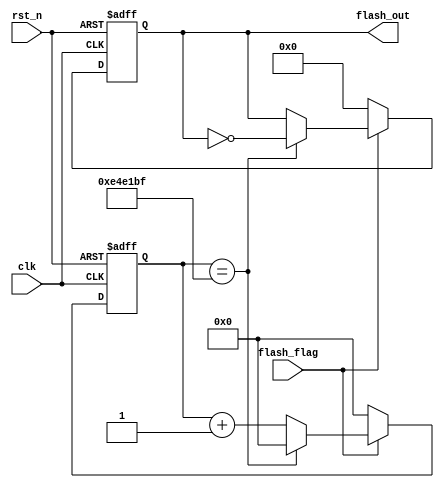
module Flash_Led 
#(
	parameter cnt_300ms_max = 32'd14_999_999
)
(
	input clk,
	input rst_n,  
	input flash_flag,
	output reg [3:0] flash_out
);


	/*300ms*/
	reg [31:0] cnt_300ms;

	always @(posedge clk or negedge rst_n) begin
		if(~rst_n) begin
			cnt_300ms <= 32'd0;
		end else if(!flash_flag) begin
			cnt_300ms <= 32'd0;
		end else if(cnt_300ms == cnt_300ms_max) begin
			cnt_300ms <= 32'd0;
		end else begin
			cnt_300ms <= cnt_300ms + 32'd1;
		end
	end

	/*okay
	0*/

	/*cnt_300msflash_out*/
	always @(posedge clk or negedge rst_n) begin
		if(~rst_n) begin
			flash_out <= 4'b0000;
		end else if(!flash_flag) begin
			flash_out <= 4'b0000;
		end else if(cnt_300ms == cnt_300ms_max) begin
			flash_out <= ~flash_out;
		end else begin
			flash_out <= flash_out;
		end
	end

endmodule